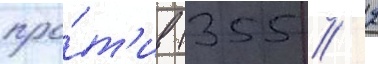
про́т'ив (355 // 2